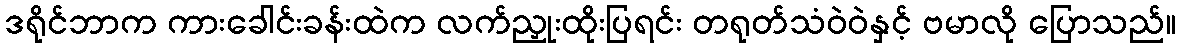
ဒရိုင်ဘာက ကားခေါင်းခန်းထဲက လက်ညှုးထိုးပြရင်း တရုတ်သံဝဲဝဲနှင့် ဗမာလို ပြောသည်။